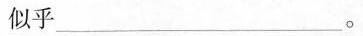
似乎___。